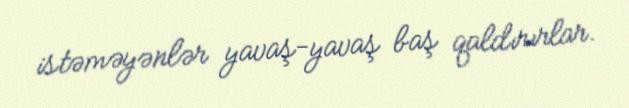
istəməyənlər yavaş-yavaş baş qaldırırlar.